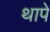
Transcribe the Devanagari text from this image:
थापे